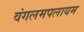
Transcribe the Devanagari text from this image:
वंगलमपलायम